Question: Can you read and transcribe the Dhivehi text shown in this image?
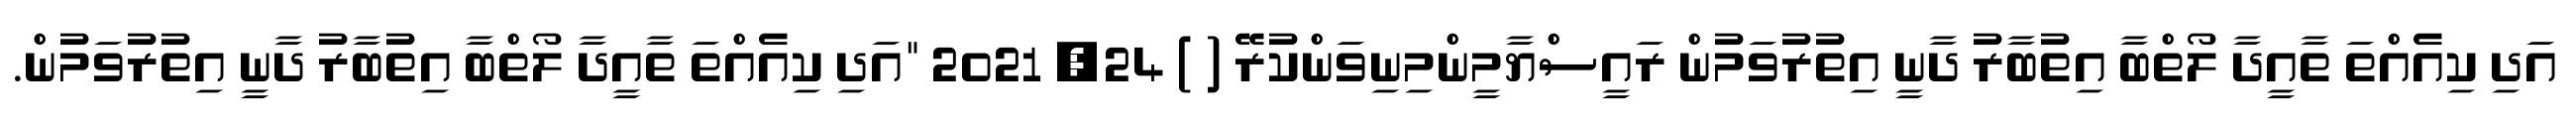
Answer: އަދި ކިއެއްތަ ތާއީދާ ލޯތްބާ އިތުބާރު ދާނީ އިތުރުވަމުން ރައީސްޔާމީންމިނިވަންކުރޭ ( ) 24, 2021 "އަދި ކިއެއްތަ ތާއީދާ ލޯތްބާ އިތުބާރު ދާނީ އިތުރުވަމުން.